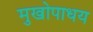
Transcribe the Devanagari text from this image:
मुखोपाधय